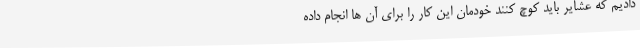
دادیم که عشایر باید کوچ کنند خودمان این کار را برای آن ها انجام داده